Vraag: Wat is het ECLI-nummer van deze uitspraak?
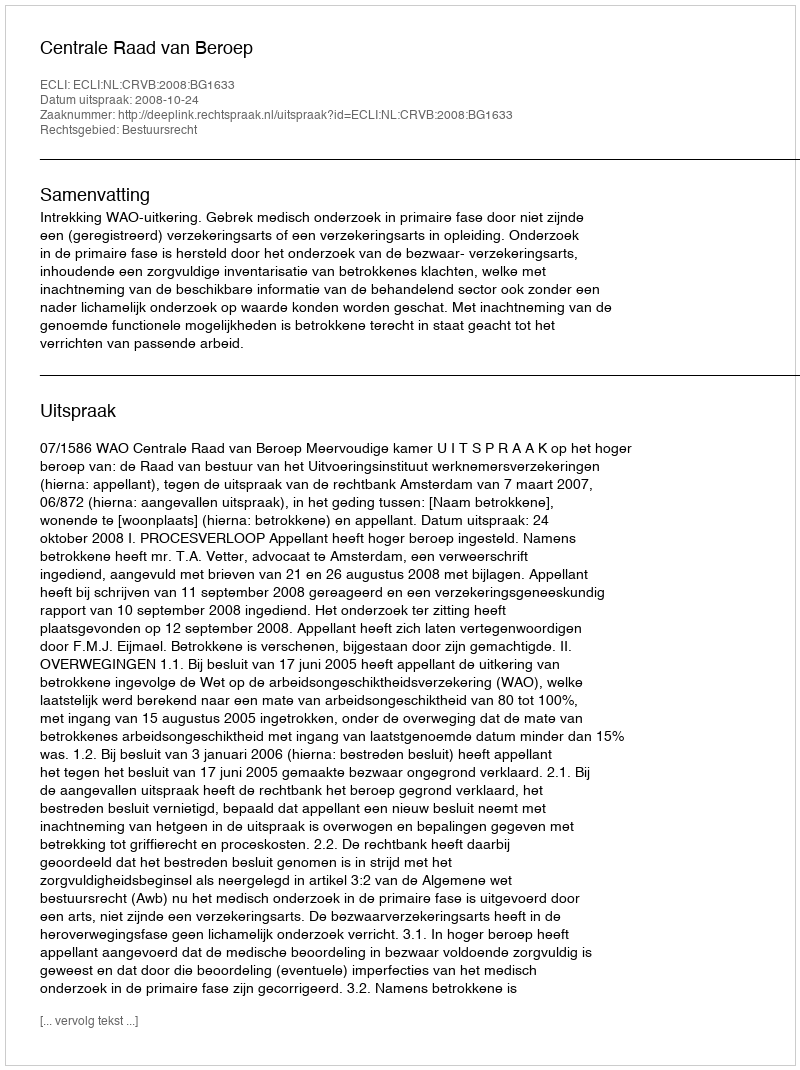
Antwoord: ECLI:NL:CRVB:2008:BG1633